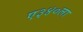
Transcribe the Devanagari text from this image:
ए३४०ला